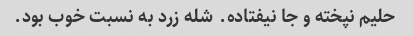
حلیم نپخته و جا نیفتاده. شله زرد به نسبت خوب بود.